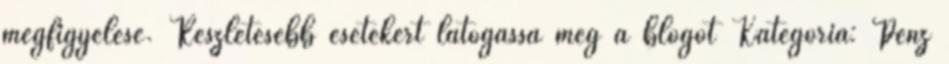
megfigyelése. Részletesebb esetekért látogassa meg a blogot Kategória: Pénz